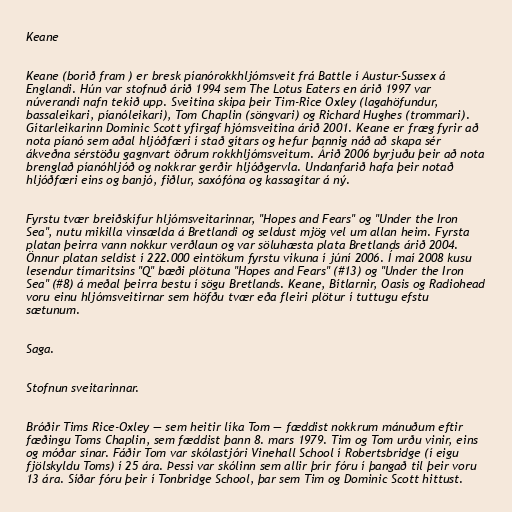
Keane

Keane (borið fram ) er bresk píanórokkhljómsveit frá Battle í Austur-Sussex á
Englandi. Hún var stofnuð árið 1994 sem The Lotus Eaters en árið 1997 var
núverandi nafn tekið upp. Sveitina skipa þeir Tim-Rice Oxley (lagahöfundur,
bassaleikari, píanóleikari), Tom Chaplin (söngvari) og Richard Hughes (trommari).
Gítarleikarinn Dominic Scott yfirgaf hjómsveitina árið 2001. Keane er fræg fyrir að
nota píanó sem aðal hljóðfæri í stað gítars og hefur þannig náð að skapa sér
ákveðna sérstöðu gagnvart öðrum rokkhljómsveitum. Árið 2006 byrjuðu þeir að nota
brenglað píanóhljóð og nokkrar gerðir hljóðgervla. Undanfarið hafa þeir notað
hljóðfæri eins og banjó, fiðlur, saxófóna og kassagítar á ný.

Fyrstu tvær breiðskífur hljómsveitarinnar, "Hopes and Fears" og "Under the Iron
Sea", nutu mikilla vinsælda á Bretlandi og seldust mjög vel um allan heim. Fyrsta
platan þeirra vann nokkur verðlaun og var söluhæsta plata Bretlands árið 2004.
Önnur platan seldist í 222.000 eintökum fyrstu vikuna í júní 2006. Í maí 2008 kusu
lesendur tímaritsins "Q" bæði plötuna "Hopes and Fears" (#13) og "Under the Iron
Sea" (#8) á meðal þeirra bestu í sögu Bretlands. Keane, Bítlarnir, Oasis og Radiohead
voru einu hljómsveitirnar sem höfðu tvær eða fleiri plötur í tuttugu efstu
sætunum.

Saga.

Stofnun sveitarinnar.

Bróðir Tims Rice-Oxley — sem heitir líka Tom — fæddist nokkrum mánuðum eftir
fæðingu Toms Chaplin, sem fæddist þann 8. mars 1979. Tim og Tom urðu vinir, eins
og móðar sínar. Fáðir Tom var skólastjóri Vinehall School í Robertsbridge (í eigu
fjölskyldu Toms) í 25 ára. Þessi var skólinn sem allir þrír fóru í þangað til þeir voru
13 ára. Síðar fóru þeir í Tonbridge School, þar sem Tim og Dominic Scott hittust.